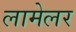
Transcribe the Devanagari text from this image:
लामेलर